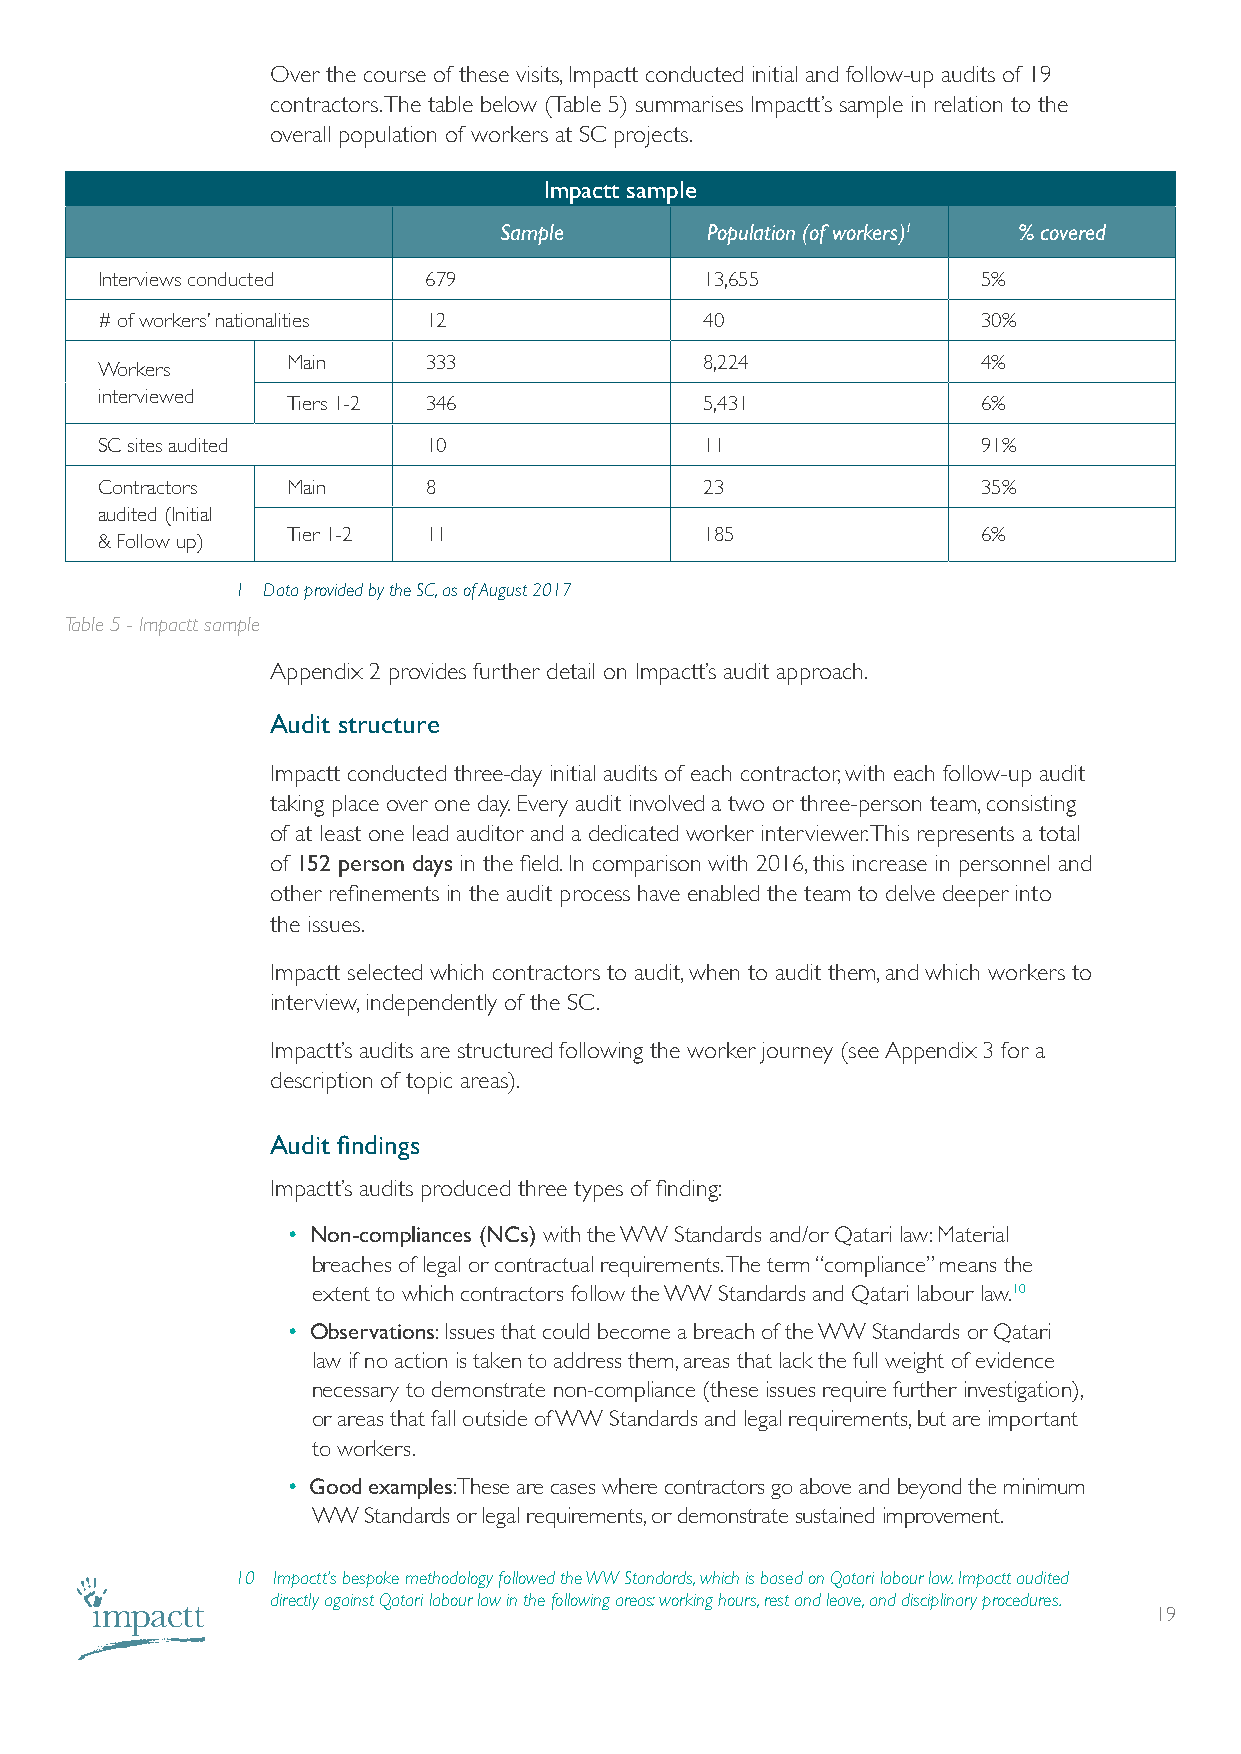
Over the course of these visits, Impactt conducted initial and follow-up audits of 19
 contractors. The table below (Table 5) summarises Impactt’s sample in relation to the
 overall population of workers at SC projects.
 Impactt sample
 Sample        Population (of workers)1 % covered
 Interviews conducted  679                13,655            5%
 # of workers’ nationalities 12           40                30%
 Main     333                8,224             4%
 Workers
 interviewed
 Tiers 1-2 346               5,431             6%
 SC sites audited      10                 11                91%
 Contractors  Main     8                  23                35%
 audited (Initial
 Tier 1-2 11                 185               6%
 & Follow up)
 1 Data provided by the SC, as of August 2017
 Table 5 - Impactt sample
 Appendix 2 provides further detail on Impactt’s audit approach.
 Audit structure
 Impactt conducted three-day initial audits of each contractor, with each follow-up audit
 taking place over one day. Every audit involved a two or three-person team, consisting
 of at least one lead auditor and a dedicated worker interviewer. This represents a total
 of 152 person days in the field. In comparison with 2016, this increase in personnel and
 other refinements in the audit process have enabled the team to delve deeper into
 the issues.
 Impactt selected which contractors to audit, when to audit them, and which workers to
 interview, independently of the SC.
 Impactt’s audits are structured following the worker journey (see Appendix 3 for a
 description of topic areas).
 Audit findings
 Impactt’s audits produced three types of finding:
 • Non-compliances (NCs) with the WW Standards and/or Qatari law: Material
 breaches of legal or contractual requirements. The term “compliance” means the
 extent to which contractors follow the WW Standards and Qatari labour law.10
 • Observations: Issues that could become a breach of the WW Standards or Qatari
 law if no action is taken to address them, areas that lack the full weight of evidence
 necessary to demonstrate non-compliance (these issues require further investigation),
 or areas that fall outside of WW Standards and legal requirements, but are important
 to workers.
 • Good examples: These are cases where contractors go above and beyond the minimum
 WW Standards or legal requirements, or demonstrate sustained improvement.
 10 Impactt’s bespoke methodology followed the WW Standards, which is based on Qatari labour law. Impactt audited
 directly against Qatari labour law in the following areas: working hours, rest and leave, and disciplinary procedures.
 19